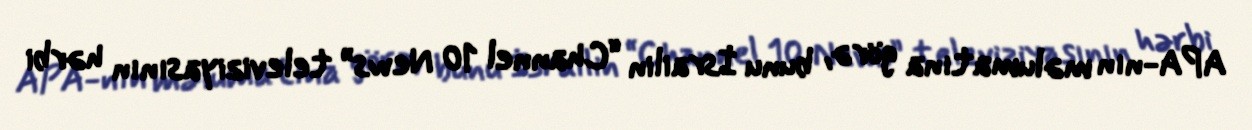
APA-nın məlumatına görə, bunu İsrailin “Channel 10 News” televiziyasının hərbi